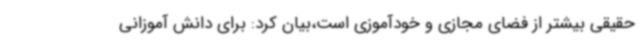
حقیقی بیشتر از فضای مجازی و خودآموزی است،بیان کرد: برای دانش آموزانی